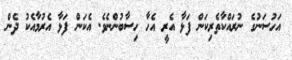
އަހުސަނުގެ ނުރައްކާތެރިކަން ފަޅާ އެރީ އެހާ ހިސާބުންނެވެ. އެކަން ފަޅާ އެރުމާއެކު ދެން